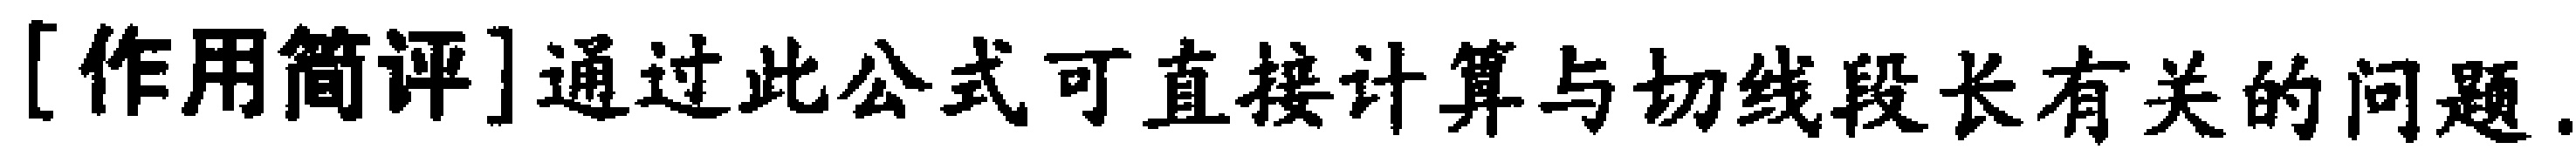
[作用简评]通过此公式可直接计算与切线段长有关的问题.